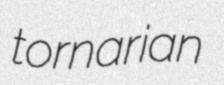
tornarian